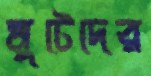
মুটেদের